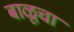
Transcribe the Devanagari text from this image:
बाळूचा